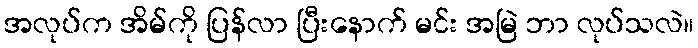
အလုပ်က အိမ်ကို ပြန်လာ ပြီးနောက် မင်း အမြဲ ဘာ လုပ်သလဲ။